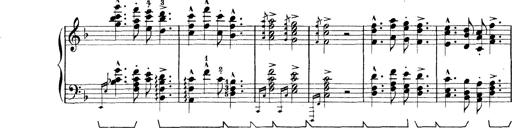
Title: Rapsodie: 19 ungheresi, 1 spagnuola
Composer: Franz Liszt